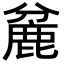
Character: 麄